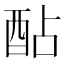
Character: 酟